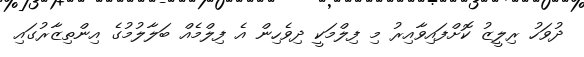
ދުވަހު ރިލީޒު ކޮށްފައިވާއިރު މި ފިލްމަކީ ދިވެހިން އެ ފިލްމެއް ބަލާލުމުގެ އިންތިޒާރުގައި